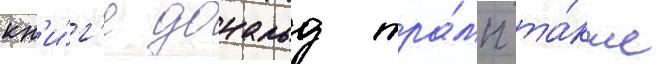
кн'и́г'е дональд тра́мп та́кже